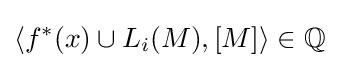
\left\langle f^{*}(x)\cup L_{i}(M),[M]\right\rangle \in \mathbb {Q}